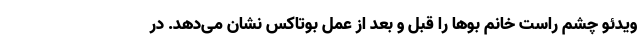
ویدئو چشم راست خانم بوها را قبل و بعد از عمل بوتاکس نشان می‌دهد. در